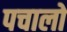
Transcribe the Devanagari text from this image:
पचालो